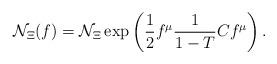
LaTeX: \begin{align*}{\cal N}_\Xi(f)={\cal N}_\Xi\exp\left(\frac{1}{2}f^\mu\frac{1}{1-T}Cf^\mu\right).\end{align*}